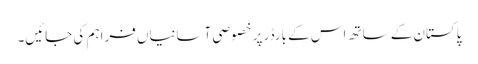
پاکستان کے ساتھ اس کے بارڈر پر خصوصی آسانیاں فراہم کی جائیں۔